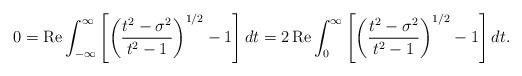
LaTeX: \begin{align*}0=\operatorname{Re}\int_{-\infty}^{\infty}{\left[ {\left( {\frac{t^{2}-\sigma^{2}}{t^{2}-1}}\right) ^{1/2}-1}\right] dt}=2\operatorname{Re}\int_{0}^{\infty}{\left[ {\left( {\frac{t^{2}-\sigma^{2}}{t^{2}-1}}\right)^{1/2}-1}\right] dt}. \end{align*}